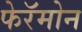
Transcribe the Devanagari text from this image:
फेरॅमोन